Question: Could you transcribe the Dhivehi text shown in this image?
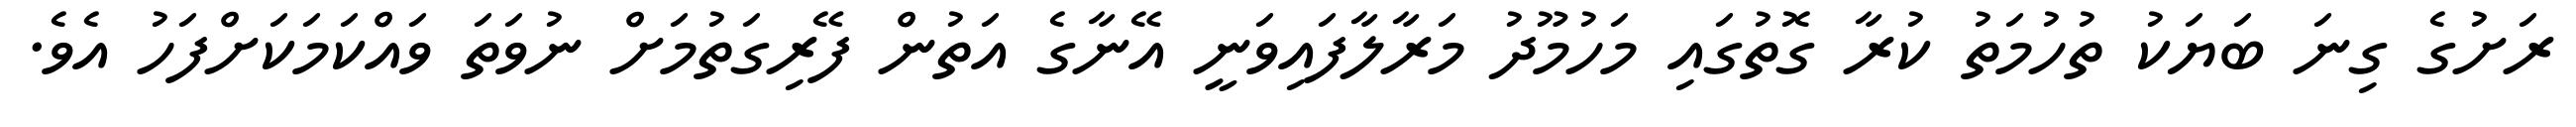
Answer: ރަށުގެ ގިނަ ބަޔަކު ތުހުމަތު ކުރާ ގޮތުގައި މަހުމޫދު މަރާލާފައިވަނީ އޭނާގެ އަތުން ފޭރިގަތުމަށް ނުވަތަ ވައްކަމަކަށްފަހު އެވެ.